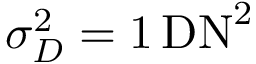
\sigma _ { D } ^ { 2 } = 1 \, \mathrm { D N } ^ { 2 }